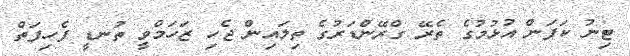
ޓިނު ކަފަން އުޅުމުގެ ތެރޭ ގްރޭންޑަރުގެ ތިލައިން ޖެހި ޒަހަމްވީ ތުނޑީ ފެހިފަތް